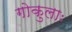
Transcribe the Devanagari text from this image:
गोकुलाः